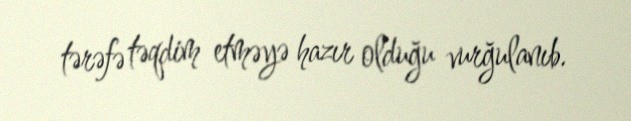
tərəfə təqdim etməyə hazır olduğu vurğulanıb.